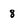
Character: 8